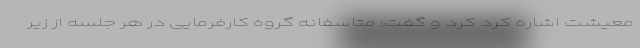
معیشت اشاره کرد کرد و گفت: متاسفانه گروه کارفرمایی در هر جلسه از زیر